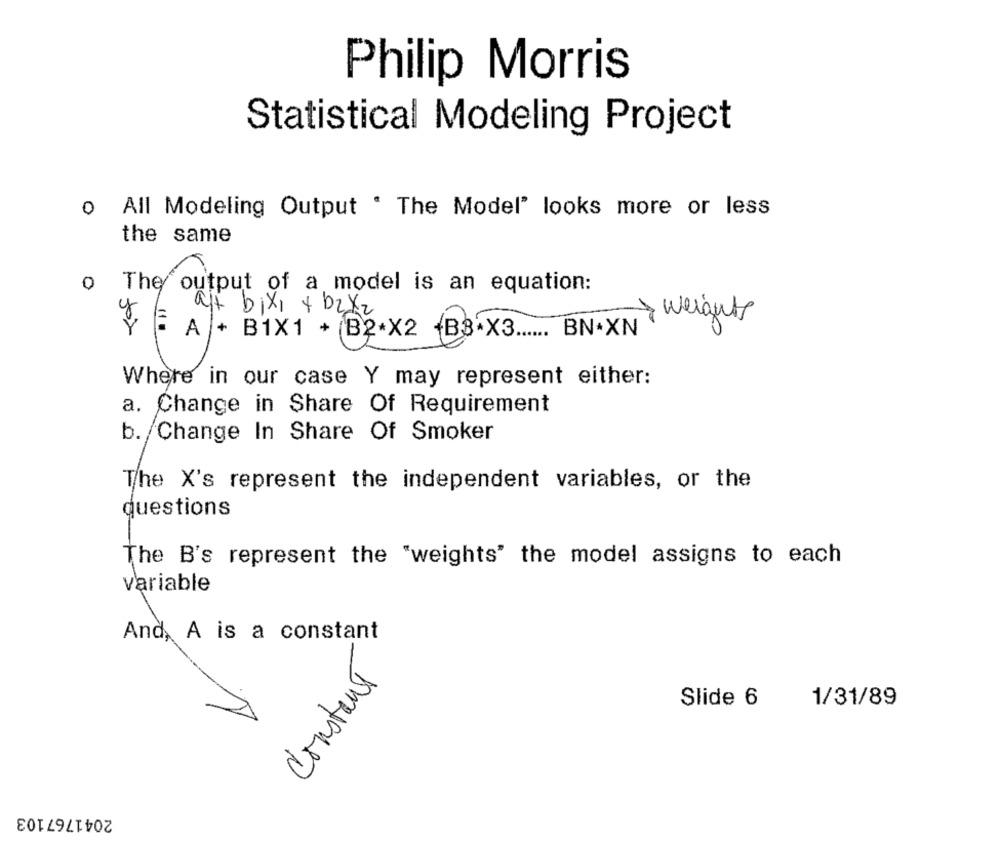
Philip Morris
Statistical Modeling Project
o All Modeling Output . The Model" looks more or less
the same
o The output of a model is an equation:
alt bixi + b2x2
weights
YF A + B1X1 + B2.X2 B8 X3 ...... BN.XN
Where in our case Y may represent either:
a. Change in Share Of Requirement
b. Change In Share Of Smoker
The X's represent the independent variables, or the
questions
The B's represent the "weights" the model assigns to each
variable
And, A is a constant
Constant
Slide 6
1/31/89
2041767103